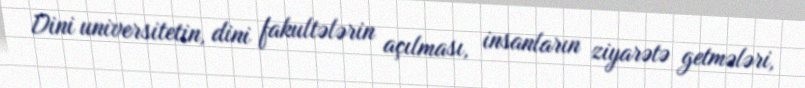
Dini universitetin, dini fakultələrin açılması, insanların ziyarətə getmələri,